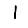
Digit: 1